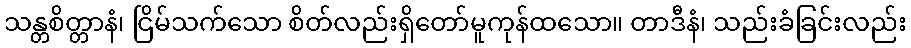
သန္တစိတ္တာနံ၊ ငြိမ်သက်သော စိတ်လည်းရှိတော်မူကုန်ထသော။ တာဒီနံ၊ သည်းခံခြင်းလည်း